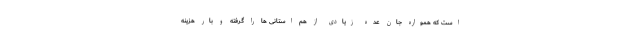
است که همواره جان عده زیادی از هم استانی ها را گرفته و بار هزینه